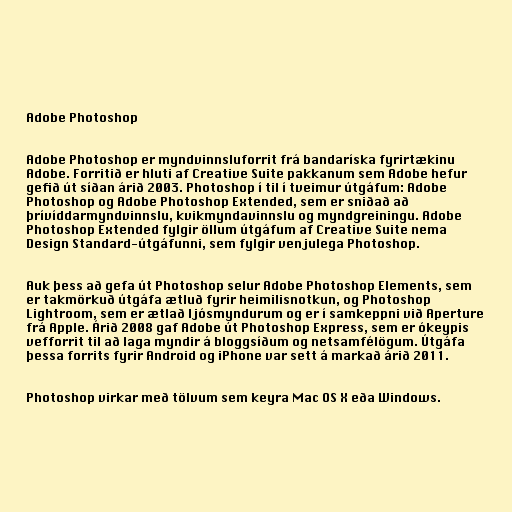
Adobe Photoshop

Adobe Photoshop er myndvinnsluforrit frá bandaríska fyrirtækinu
Adobe. Forritið er hluti af Creative Suite pakkanum sem Adobe hefur
gefið út síðan árið 2003. Photoshop í til í tveimur útgáfum: Adobe
Photoshop og Adobe Photoshop Extended, sem er sniðað að
þrívíddarmyndvinnslu, kvikmyndavinnslu og myndgreiningu. Adobe
Photoshop Extended fylgir öllum útgáfum af Creative Suite nema
Design Standard-útgáfunni, sem fylgir venjulega Photoshop.

Auk þess að gefa út Photoshop selur Adobe Photoshop Elements, sem
er takmörkuð útgáfa ætluð fyrir heimilisnotkun, og Photoshop
Lightroom, sem er ætlað ljósmyndurum og er í samkeppni við Aperture
frá Apple. Árið 2008 gaf Adobe út Photoshop Express, sem er ókeypis
vefforrit til að laga myndir á bloggsíðum og netsamfélögum. Útgáfa
þessa forrits fyrir Android og iPhone var sett á markað árið 2011.

Photoshop virkar með tölvum sem keyra Mac OS X eða Windows.